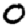
Digit: 0